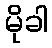
မိုခါ